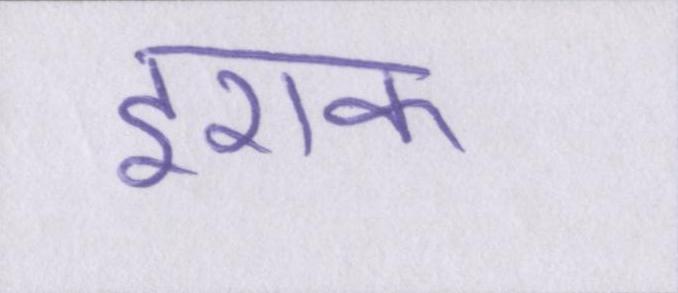
इराक